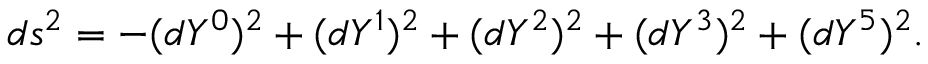
d s ^ { 2 } = - ( d Y ^ { 0 } ) ^ { 2 } + ( d Y ^ { 1 } ) ^ { 2 } + ( d Y ^ { 2 } ) ^ { 2 } + ( d Y ^ { 3 } ) ^ { 2 } + ( d Y ^ { 5 } ) ^ { 2 } .